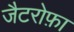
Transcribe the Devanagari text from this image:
जैटरोफ़ा